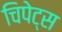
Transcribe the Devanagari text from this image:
चिपेट्स